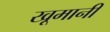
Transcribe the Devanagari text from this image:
खूमानी